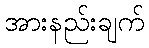
အားနည်းချက်